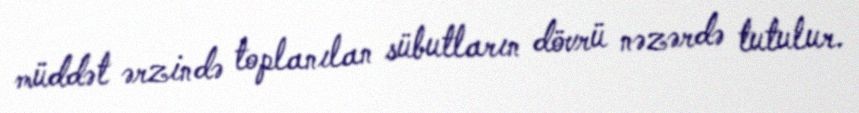
müddət ərzində toplanılan sübutların dövrü nəzərdə tutulur.